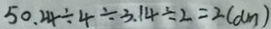
5 0 . 2 4 \div 4 \div 3 . 1 4 \div 2 = 2 ( d m )